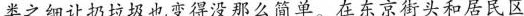
类之细让扔垃圾也变得没那么简单。在东京街头和居民区